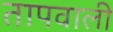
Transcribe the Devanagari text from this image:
तापवाली